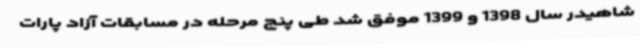
شاهیدر سال 1398 و 1399 موفق شد طی پنج مرحله در مسابقات آزاد پارات